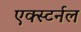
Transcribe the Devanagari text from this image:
एक्स्टर्नल